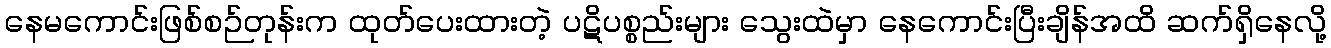
နေမကောင်းဖြစ်စဉ်တုန်းက ထုတ်ပေးထားတဲ့ ပဋိပစ္စည်းများ သွေးထဲမှာ နေကောင်းပြီးချိန်အထိ ဆက်ရှိနေလို့